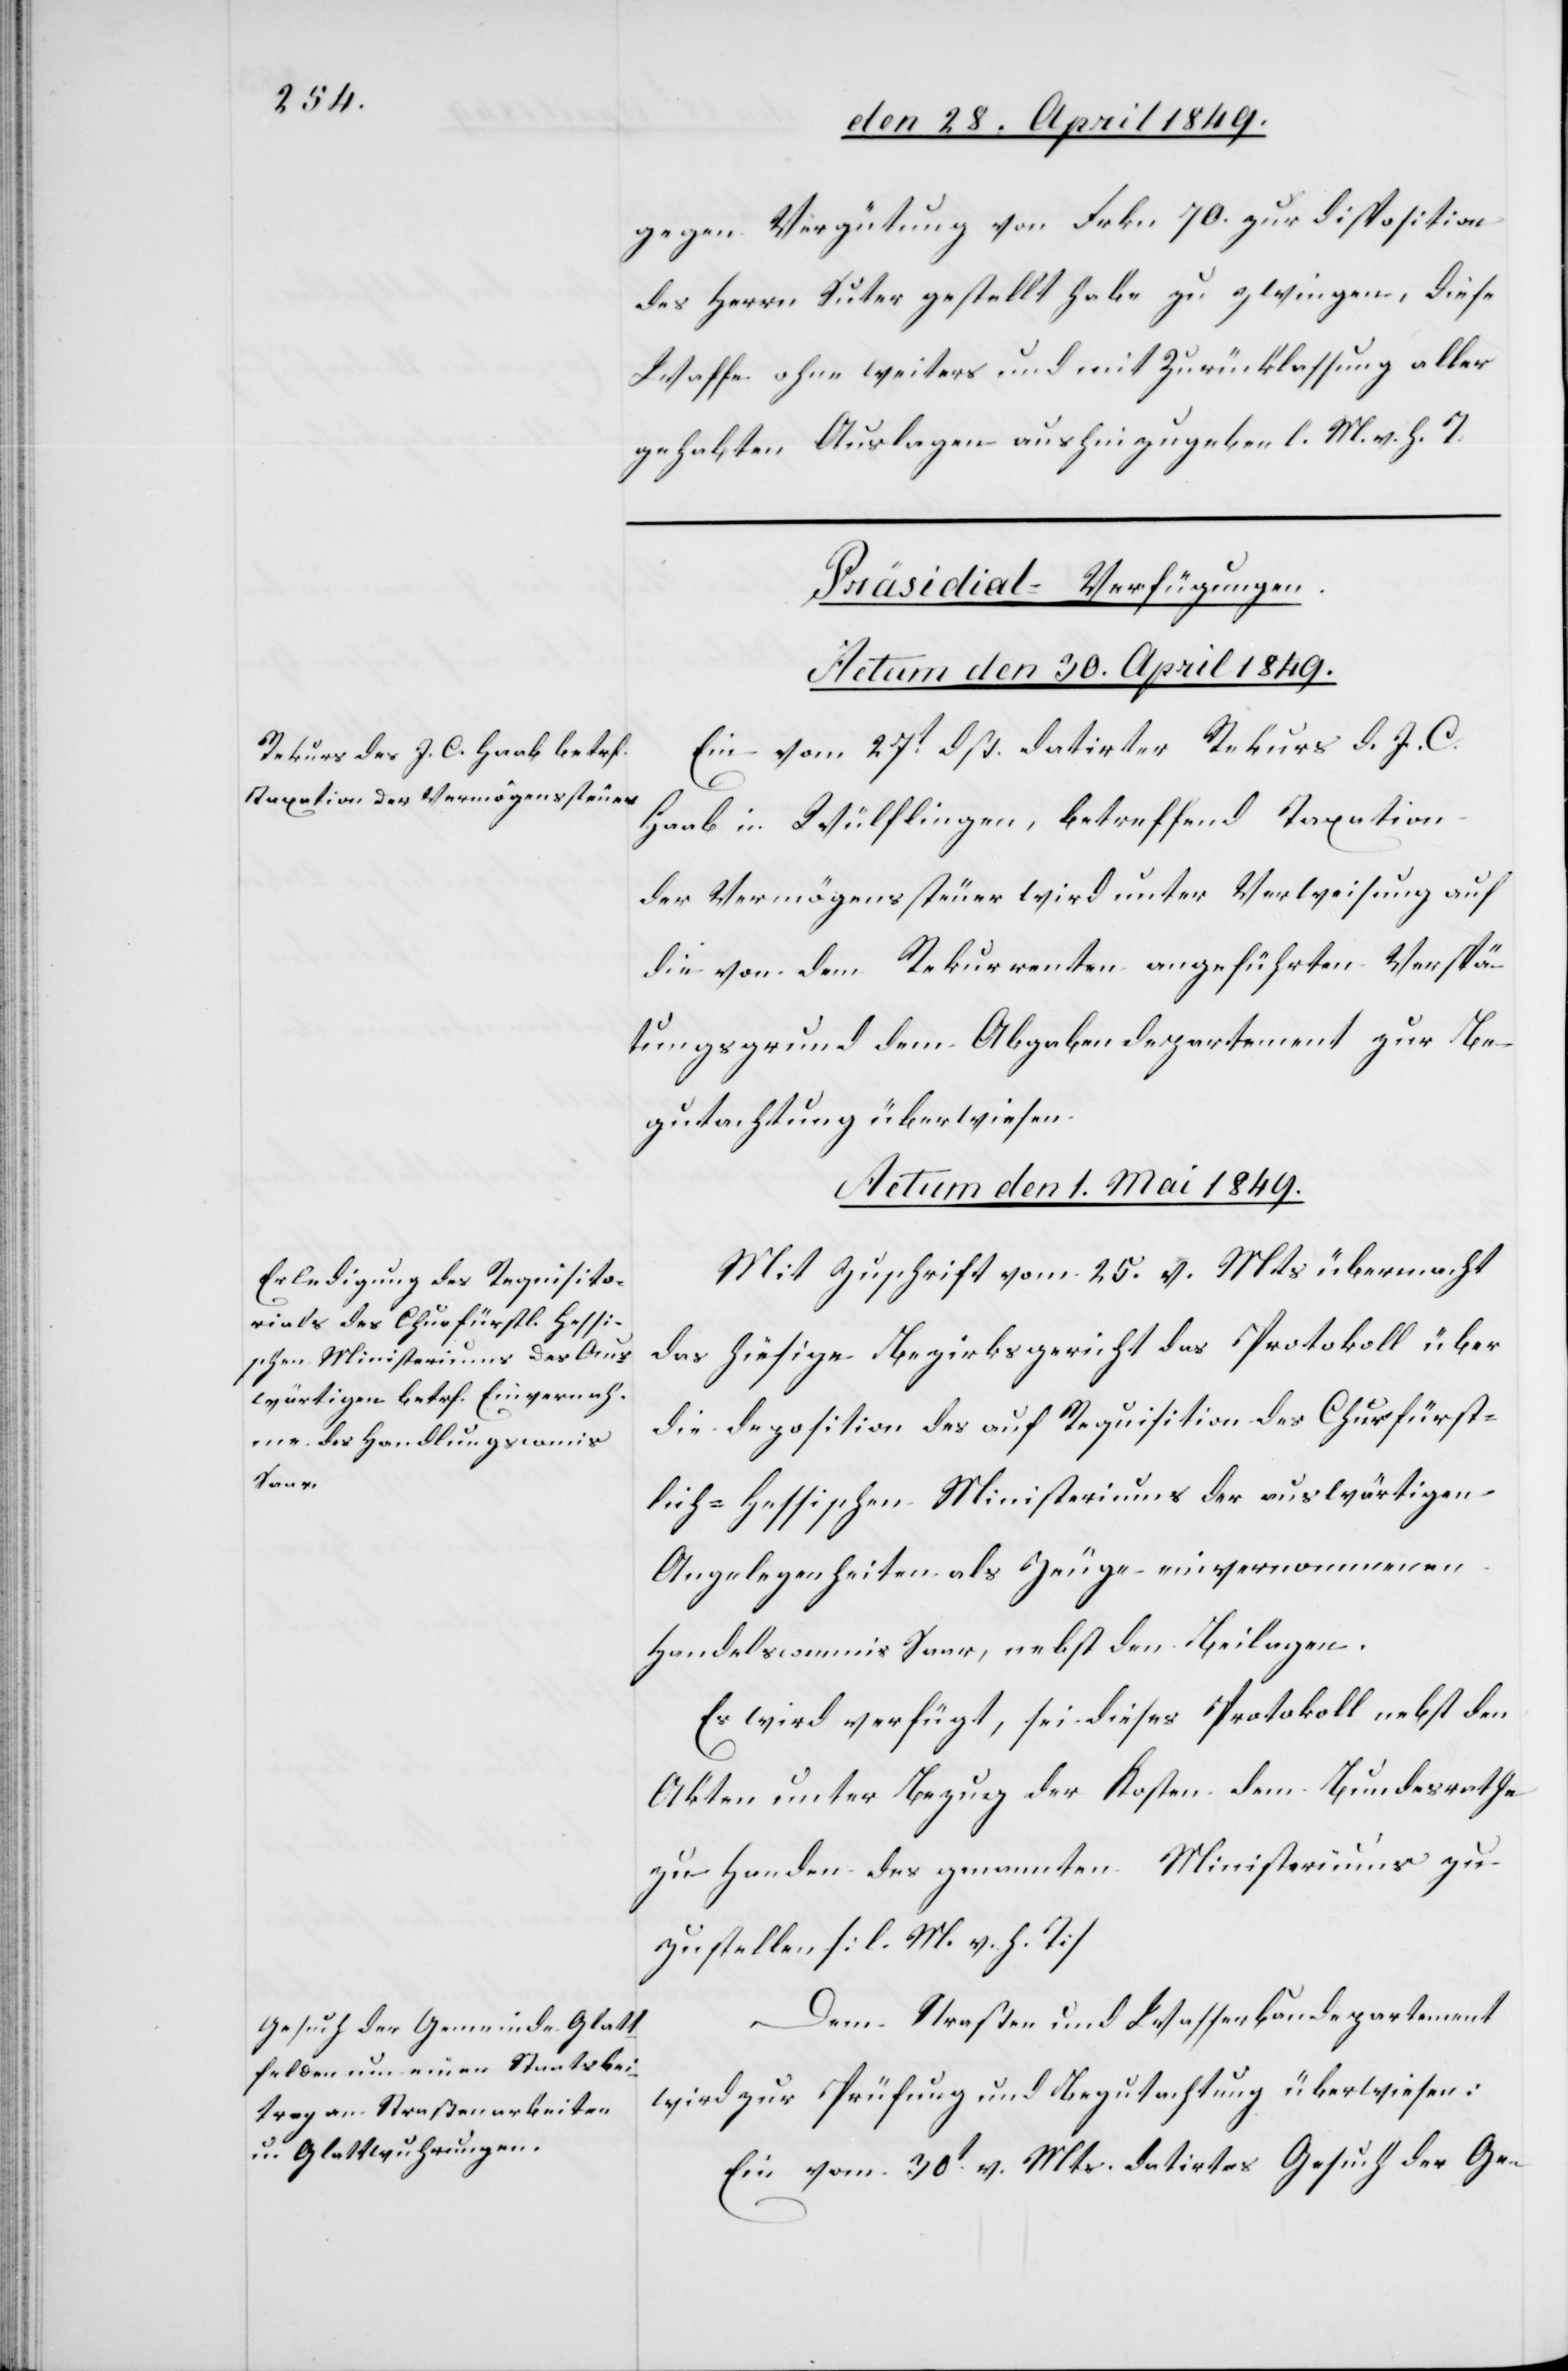
gegen Vergütung von Frkn. 70. zur disposition
des Herrn Suter gestellt habe zu zwingen, diese
Waffe ohne weiters und mit Zurücklassung aller
gehabten Auslagen aushinzugeben l. M. v. h. T.
[Präsidial-Verfügungen.
Actum den 30. April 1849.
Ein vom 27t dß. datirter Rekurs d. J. C.
Haab in Wülflingen, betreffend Taxation
der Vermögenssteuer wird unter Verweisung auf
den] von dem Rekurrenten angeführten Verspä¬
tungsgrund dem Abgabendepartement zur Be¬
gutachtung überwiesen.
Actum den 1. Mai 1849.]
Mit Zuschrift vom 25. v. Mts. übermacht
das hiesige Bezirksgericht das Protokoll über
die Deposition des auf Requisition des Churfürst¬
lich-Hessischen Ministeriums der auswärtigen
Angelegenheiten als Zeuge einvernommenen
Handelscommis Saar, nebst den Beilagen.
Es wird verfügt, sei dieses Protokoll nebst den
Akten unter Bezug der Kosten dem Bundesrathe
zu Handen des genannten Ministeriums zu¬
zustellen [l. M. h. T][.]
Dem Straßen[-] und Wasserbaudepartement
wird zur Prüfung und Begutachtung überwiesen:
Ein vom 30t v. Mts. datirtes Gesuch der Ge-